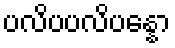
ပလိပပလိပန္နော